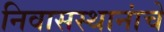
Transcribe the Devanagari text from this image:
निवासस्थानांचे